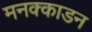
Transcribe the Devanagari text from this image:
मनक्काडन